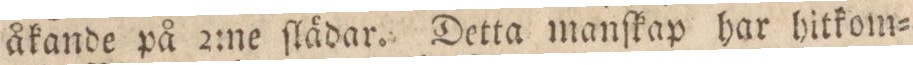
åkande på 2:ne ſlädar. Detta manſkap har hitkom=